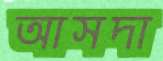
আসদা